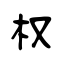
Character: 权